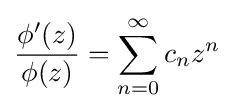
{\frac {\phi '(z)}{\phi (z)}}=\sum _{n=0}^{\infty }c_{n}z^{n}